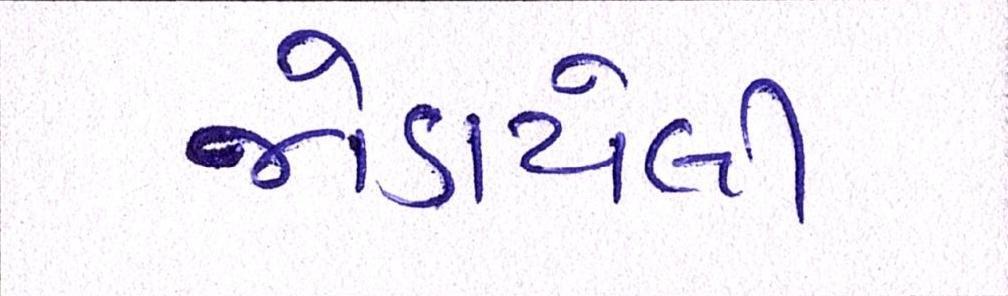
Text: જોડાયેલી